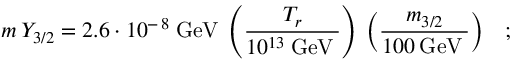
m \: Y _ { 3 / 2 } = 2 . 6 \cdot 1 0 ^ { - \, 8 } \: \mathrm { G e V } \: \left( \frac { T _ { r } } { 1 0 ^ { 1 3 } \: \mathrm { G e V } \: } \right) \: \left( \frac { m _ { 3 / 2 } } { 1 0 0 \: \mathrm { G e V } \: } \right) \; \; \; ;